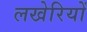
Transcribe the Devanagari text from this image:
लखेरियों